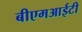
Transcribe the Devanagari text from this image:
बीएमआईटी